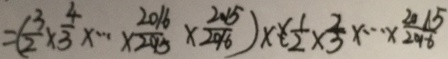
= ( \frac { 3 } { 2 } \times \frac { 4 } { 3 } \times \cdots \times \frac { 2 0 1 6 } { 2 0 1 5 } \times \frac { 2 0 1 5 } { 2 0 1 6 } ) \times ( \frac { 1 } { 2 } \times \frac { 2 } { 3 } \times \cdots \times \frac { 2 0 1 5 } { 2 0 1 6 }